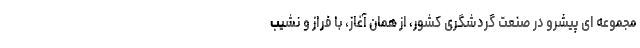
مجموعه ای پیشرو در صنعت گردشگری کشور، از همان آغاز، با فراز و نشیب